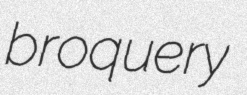
broquery